Report on sanitation, dispensaries, and jails in Rajputana for 1911, and on vaccination for the year 1911-1912 - 1911-1912
Year: 1911
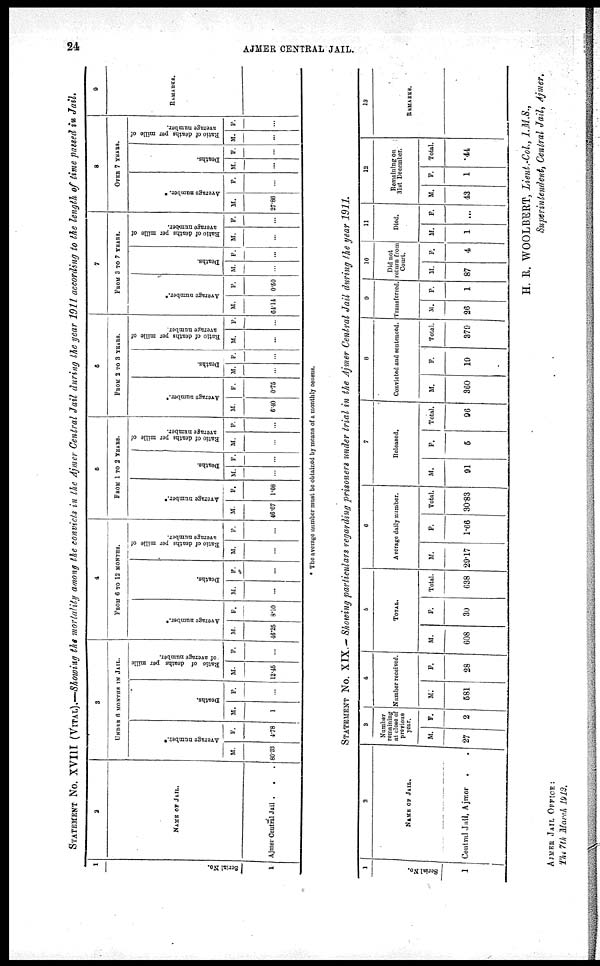
24
AJMER CENTRAL JAIL.
STATEMENT No. XVIII (VITAL).—Showing the mortality among the convicts in the Ajmer Central Jail during the year 1911 according to the length of time passed in Jail.
1
Serial No.
1
2
NAME OF JAIL.
Ajmer Central Jail . . .
3
UNDER 6 MONTHS IN JAIL.
Average number.*
M.
80.33
F.
4.78
Deaths.
M.
1
F.
...
Ratio of deaths per mille
of average number.
M.
12.45
F.
...
4
FROM 6 TO 12 MONTHS.
Average number.*
M.
46.25
F.
8.10
Deaths.
M.
...
F.
...
Ratio of deaths per mille of
average number.
M.
...
F.
...
5
FROM 1 TO 2 YEARS.
Average number.*
M.
46.67
F.
1.08
Deaths.
M.
...
F.
...
Ratio of deaths per mille of
average number.
M.
...
F.
...
6
FROM 2 TO 3 YEARS.
Average number.*
M.
6.40
F.
0.75
Deaths.
M.
...
F.
...
Ratio of deaths per mille of
average number.
M.
...
F.
...
7
FROM 3 TO 7 YEARS.
Average number.*
M.
64.14
F.
0.50
Deaths.
M.
...
F.
...
Ratio of deaths per mille of
average number.
M.
...
F.
...
8
OVER 7 YEARS.
Average number. *
M.
27.86
F.
...
Deaths.
M.
...
F.
...
Ratio of deaths per mille of
average number.
M.
...
F.
9
REMARKS.
* The average number must be obtained by means of a monthly census.
STATEMENT No. XIX.— Showing particulars regarding prisoners under trial in the Ajmer Central Jail during the year 1911.
1
Serial No.
1
2
NAME OF JAIL.
Central Jail, Ajmer .
.
3
Number
remaining
at close or
previous
year.
M.
27
F.
2
4
Number received.
M.
581
F.
28
5
TOTAL.
M.
608
F.
30
Total.
638
6
Average daily number.
M.
29.17
F.
1.66
Total.
30.83
7
Released.
M.
91
F.
5
Total.
96
8
Convicted and sentenced.
M.
360
F.
19
Total.
379
9
Transferred.
M.
26
F.
1
10
Did not
return from
Court.
M.
87
F.
4
11
Died.
M.
1
F.
...
12
Remaining on
31st December.
M.
43
F.
1
Total.
44
13
REMARKS.
H. R. WOOLBERT, Lieut.-Col, I.M.S.,
Superintendent, Central Jail, Ajmer.
AJMER JAIL OFFICE :
The 7th March 1912.